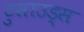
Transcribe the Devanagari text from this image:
टुसाउड्स